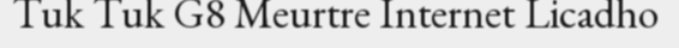
Tuk Tuk G8 Meurtre Internet Licadho